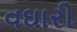
વઘારી